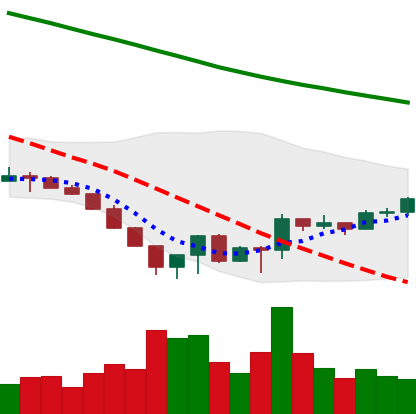
Ticker: LTC-USD
Chart end date: 2022-06-25
Forward return: -9.024%
Label: down_7plus